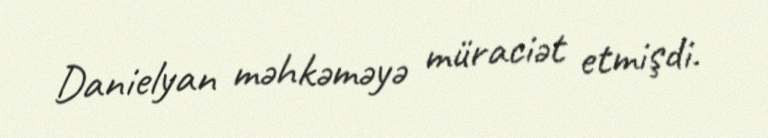
Danielyan məhkəməyə müraciət etmişdi.